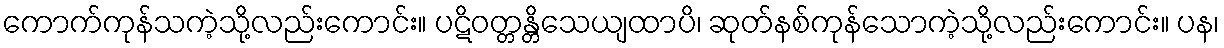
ကောက်ကုန်သကဲ့သို့လည်းကောင်း။ ပဋိဝတ္တန္တိသေယျထာပိ၊ ဆုတ်နစ်ကုန်သောကဲ့သို့လည်းကောင်း။ ပန၊